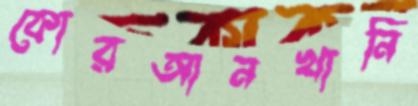
কোরআনখানি